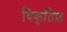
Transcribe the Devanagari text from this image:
विकृतिफ़